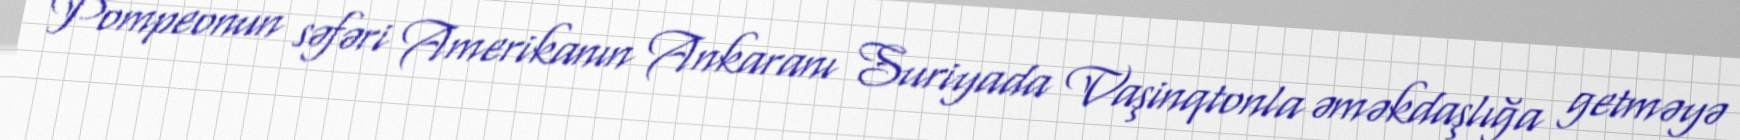
Pompeonun səfəri Amerikanın Ankaranı Suriyada Vaşinqtonla əməkdaşlığa getməyə